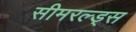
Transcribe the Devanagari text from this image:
सीमरल्ड्स